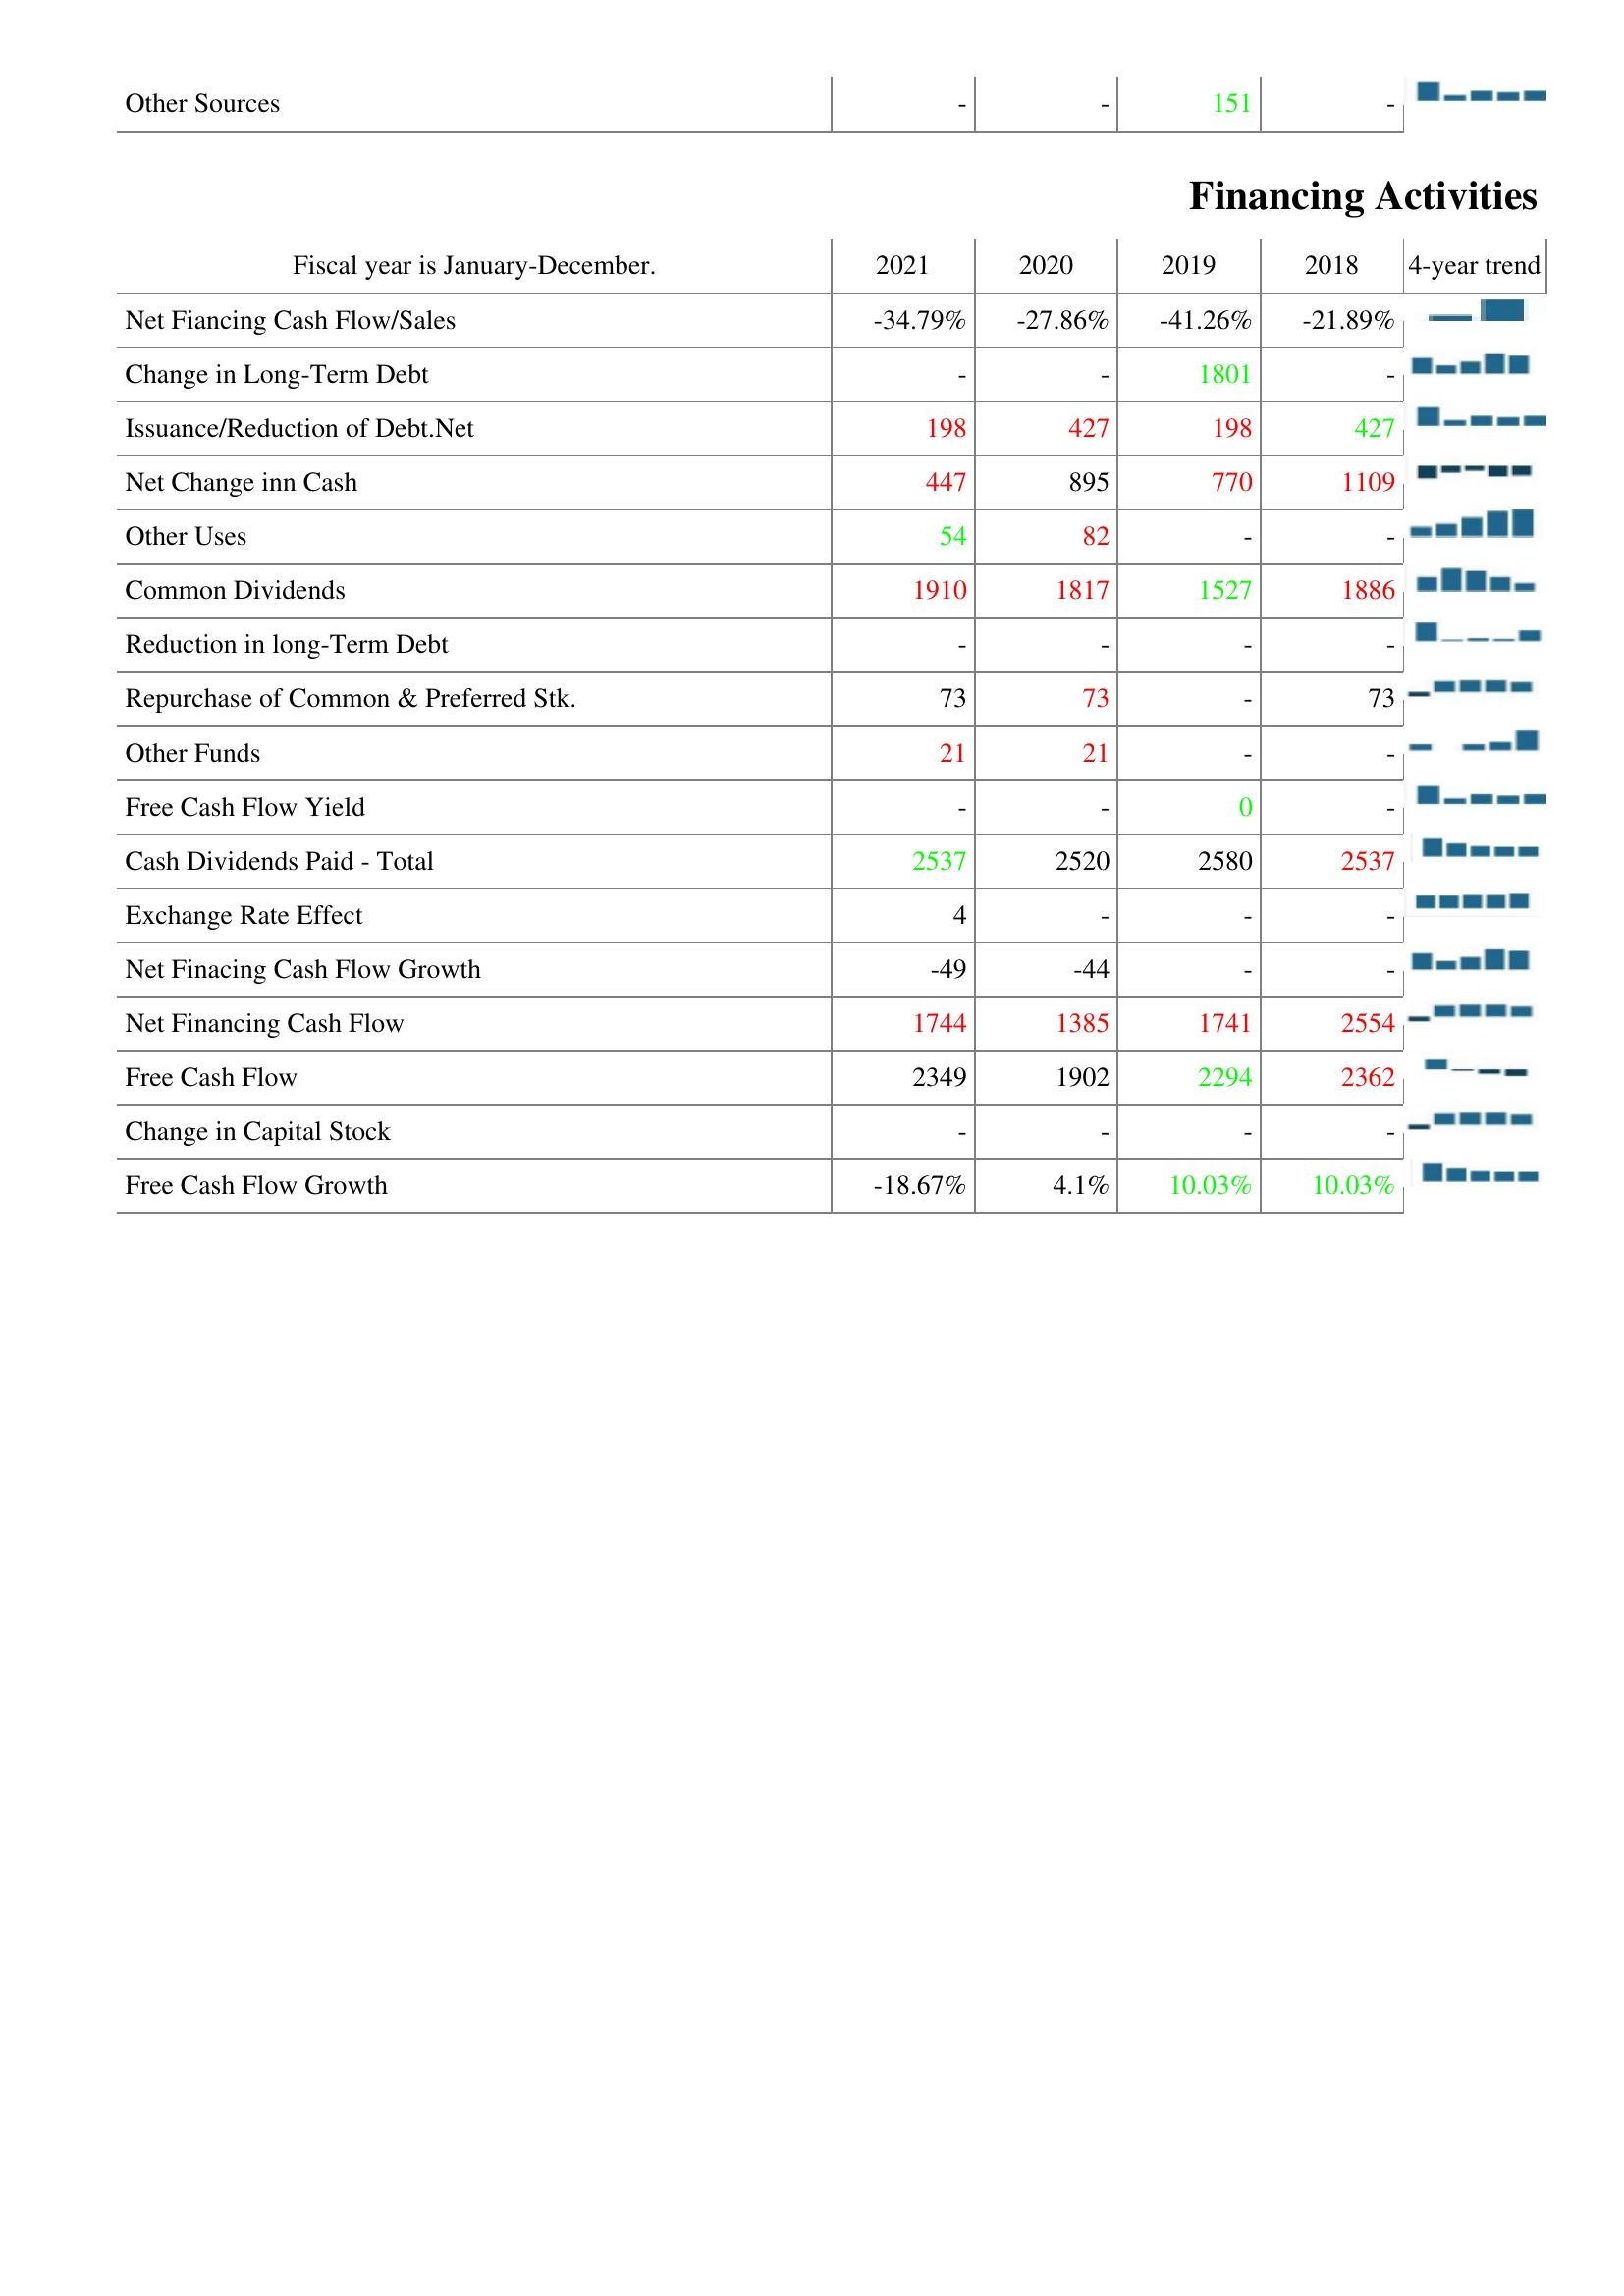
2021: Investing Activities: Other Sources: -
Financing Activities: Net Fiancing Cash Flow/Sales: -34.79%
Change in Long-Term Debt: -
Issuance/Reduction of Debt.Net: 198
Net Change inn Cash: 447
Other Uses: 54
Common Dividends: 1910
Reduction in long-Term Debt: -
Repurchase of Common & Preferred Stk.: 73
Other Funds: 21
Free Cash Flow Yield: -
Cash Dividends Paid - Total: 2537
Exchange Rate Effect: 4
Net Finacing Cash Flow Growth: -49
Net Financing Cash Flow: 1744
Free Cash Flow: 2349
Change in Capital Stock: -
Free Cash Flow Growth: -18.67%
2020: Investing Activities: Other Sources: -
Financing Activities: Net Fiancing Cash Flow/Sales: -27.86%
Change in Long-Term Debt: -
Issuance/Reduction of Debt.Net: 427
Net Change inn Cash: 895
Other Uses: 82
Common Dividends: 1817
Reduction in long-Term Debt: -
Repurchase of Common & Preferred Stk.: 73
Other Funds: 21
Free Cash Flow Yield: -
Cash Dividends Paid - Total: 2520
Exchange Rate Effect: -
Net Finacing Cash Flow Growth: -44
Net Financing Cash Flow: 1385
Free Cash Flow: 1902
Change in Capital Stock: -
Free Cash Flow Growth: 4.1%
2019: Investing Activities: Other Sources: 151
Financing Activities: Net Fiancing Cash Flow/Sales: -41.26%
Change in Long-Term Debt: 1801
Issuance/Reduction of Debt.Net: 198
Net Change inn Cash: 770
Other Uses: -
Common Dividends: 1527
Reduction in long-Term Debt: -
Repurchase of Common & Preferred Stk.: -
Other Funds: -
Free Cash Flow Yield: 0
Cash Dividends Paid - Total: 2580
Exchange Rate Effect: -
Net Finacing Cash Flow Growth: -
Net Financing Cash Flow: 1741
Free Cash Flow: 2294
Change in Capital Stock: -
Free Cash Flow Growth: 10.03%
2018: Investing Activities: Other Sources: -
Financing Activities: Net Fiancing Cash Flow/Sales: -21.89%
Change in Long-Term Debt: -
Issuance/Reduction of Debt.Net: 427
Net Change inn Cash: 1109
Other Uses: -
Common Dividends: 1886
Reduction in long-Term Debt: -
Repurchase of Common & Preferred Stk.: 73
Other Funds: -
Free Cash Flow Yield: -
Cash Dividends Paid - Total: 2537
Exchange Rate Effect: -
Net Finacing Cash Flow Growth: -
Net Financing Cash Flow: 2554
Free Cash Flow: 2362
Change in Capital Stock: -
Free Cash Flow Growth: 10.03%